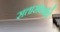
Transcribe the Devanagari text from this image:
सत्तासंघर्षाचे